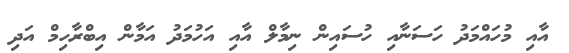
އާއި މުހައްމަދު ހަސަނާއި ހުސައިން ނިމާލް އާއި އަހުމަދު އަމާން އިބްރާހިމް އަދި